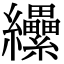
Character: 纝